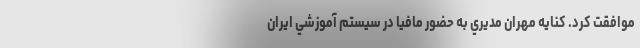
موافقت کرد. کنايه مهران مديري به حضور مافيا در سيستم آموزشي ايران